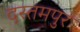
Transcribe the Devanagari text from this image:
दस्तमपुर